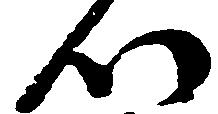
つ